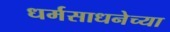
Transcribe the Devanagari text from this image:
धर्मसाधनेच्या